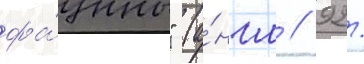
фа́уны" (а́нгл // 92/